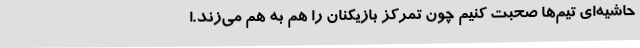
حاشیه‌ای تیم‌ها صحبت کنیم چون تمرکز بازیکنان را هم به هم می‌زند.ا